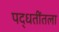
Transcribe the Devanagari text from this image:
पद्धतींतला